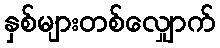
နှစ်များတစ်လျှောက်